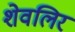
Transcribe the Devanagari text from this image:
शेवलिर